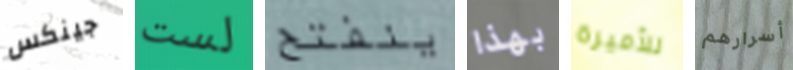
جينكس لست ينفتح بهذا للأميرة أسرارهم